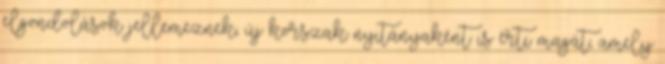
elgondolások jellemeznek, új korszak nyitányaként is érti magát, amely